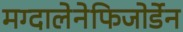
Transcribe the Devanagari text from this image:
मग्दालेनेफिजोर्डेन